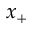
x _ { + }